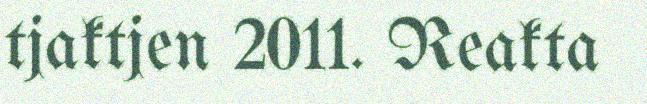
tjaktjen 2011. Reakta